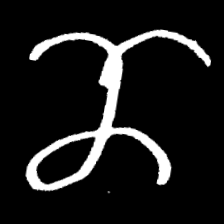
Pyu character \u2014 Myanmar letter: ဏ (romanized: nna)